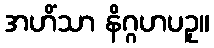
အဟိံသာ နိဂ္ဂဟပဥှ။